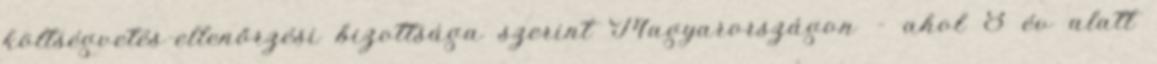
költségvetés-ellenőrzési bizottsága szerint Magyarországon – ahol 8 év alatt